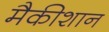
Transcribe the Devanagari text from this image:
मैकीशान